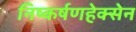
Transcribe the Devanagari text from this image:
निष्कर्षणहेक्सेन